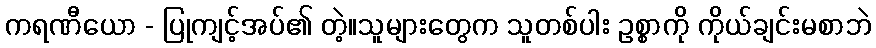
ကရဏီယော - ပြုကျင့်အပ်၏ တဲ့။သူများတွေက သူတစ်ပါး ဥစ္စာကို ကိုယ်ချင်းမစာဘဲ